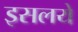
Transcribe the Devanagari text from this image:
इसलये